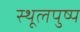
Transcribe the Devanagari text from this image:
स्थूलपुष्प